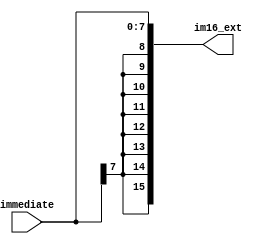
//immediateSignExtend
module SignExtend(immediate, im16_ext);
	input [7:0] immediate;
	output [15:0] im16_ext; 

	assign im16_ext = {{8{immediate[7]}},immediate[7:0]};	
endmodule